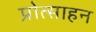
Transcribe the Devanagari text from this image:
प्रोत्साहन